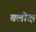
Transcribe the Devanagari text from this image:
बलोक्ष